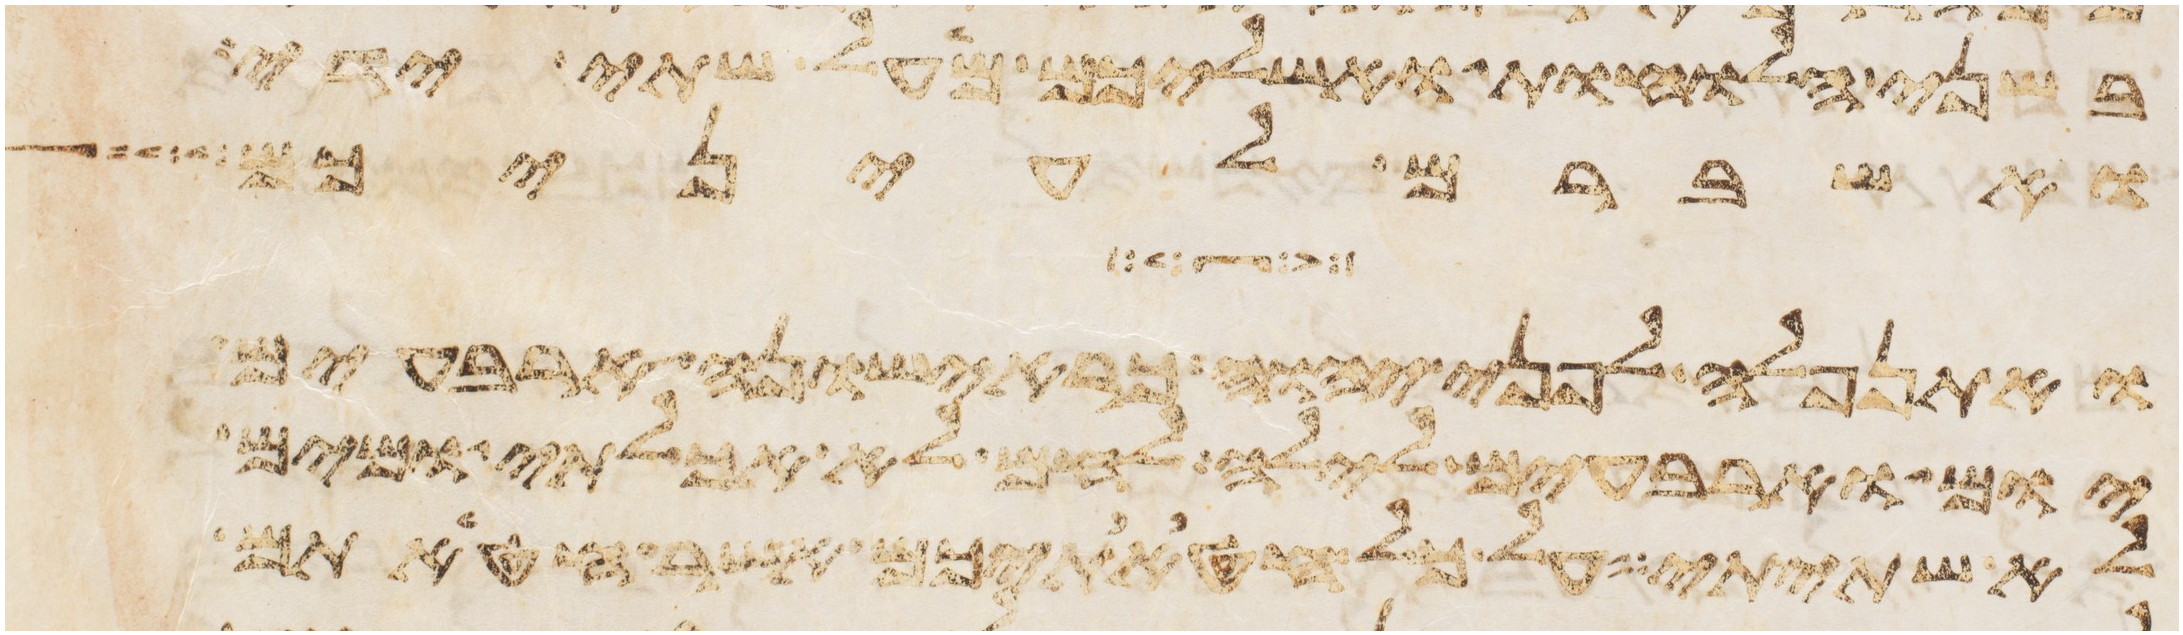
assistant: בשני הלוחות ואשליכם מעל שתי ידי
ואשברם לעיניכם
ואתנפלה לפני יהוה כראישונה ארבעים
יום וארבעים לילה לחם לא אכלתי ומים
לא שתיתי על כל חטאתיכם אשר חטאתם